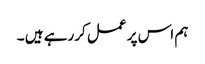
ہم اس پر عمل کررہے ہیں ۔